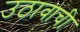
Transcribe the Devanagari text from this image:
उठावाची